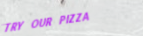
TRY OUR PIZZA